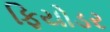
ફિયોડર